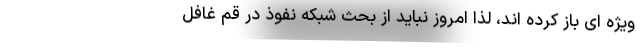
ویژه ای باز کرده اند، لذا امروز نباید از بحث شبکه نفوذ در قم غافل